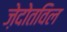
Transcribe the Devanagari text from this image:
ज़ेदोतविल